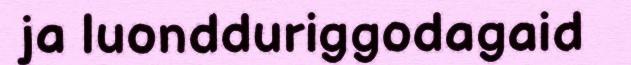
ja luondduriggodagaid